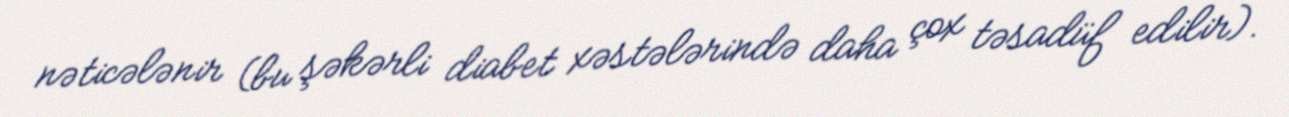
nəticələnir (bu şəkərli diabet xəstələrində daha çox təsadüf edilir).